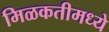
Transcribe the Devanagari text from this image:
मिळकतीमध्ये